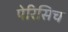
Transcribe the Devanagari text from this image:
पेरिसिच